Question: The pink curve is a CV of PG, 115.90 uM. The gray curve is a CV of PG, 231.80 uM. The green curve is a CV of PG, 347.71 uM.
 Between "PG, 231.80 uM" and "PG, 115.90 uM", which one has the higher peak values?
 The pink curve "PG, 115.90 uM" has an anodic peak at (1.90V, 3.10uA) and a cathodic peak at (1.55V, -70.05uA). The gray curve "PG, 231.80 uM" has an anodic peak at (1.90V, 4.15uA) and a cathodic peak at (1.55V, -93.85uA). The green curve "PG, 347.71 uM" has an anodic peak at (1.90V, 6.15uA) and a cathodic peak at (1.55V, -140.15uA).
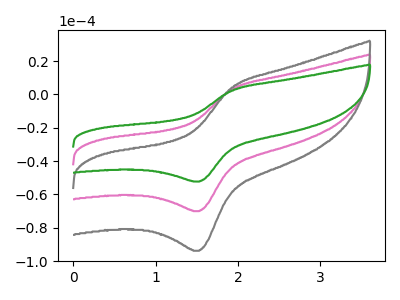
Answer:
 <answer>Every peak in "PG, 231.80 uM" is higher than every peak in "PG, 115.90 uM".</answer>
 <eval>higher</eval>